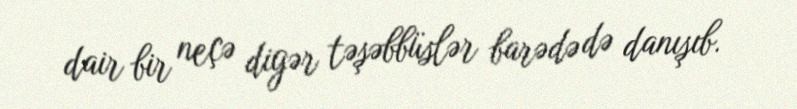
dair bir neçə digər təşəbbüslər barədə də danışıb.